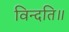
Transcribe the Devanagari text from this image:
विन्दति॥